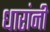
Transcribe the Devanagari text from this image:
धारांनी